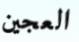
العجين